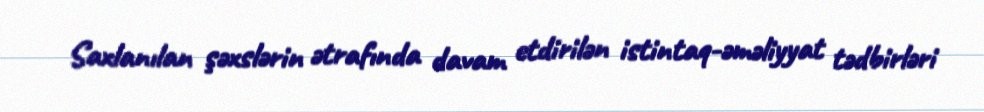
Saxlanılan şəxslərin ətrafında davam etdirilən istintaq-əməliyyat tədbirləri